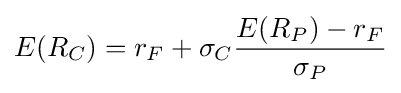
E(R_{C})=r_{F}+\sigma _{C}{\frac {E(R_{P})-r_{F}}{\sigma _{P}}}